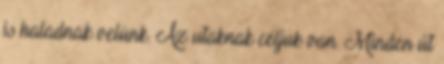
is haladnak velünk. Az utaknak céljuk van. Minden út